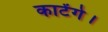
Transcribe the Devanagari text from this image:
काटेंगे।